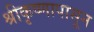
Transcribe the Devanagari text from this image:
श्रीकृष्णापासून